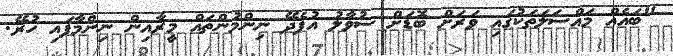
"ބައެއް މައްސަލަތަކުގައި ވަރަށް ބޮޑަށް ސުވާލު އުފެދޭ ނިންމުންތައް މީރާއިން ނިންމާފައި ހުރޭ.